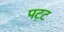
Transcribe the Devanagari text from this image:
पट़ट